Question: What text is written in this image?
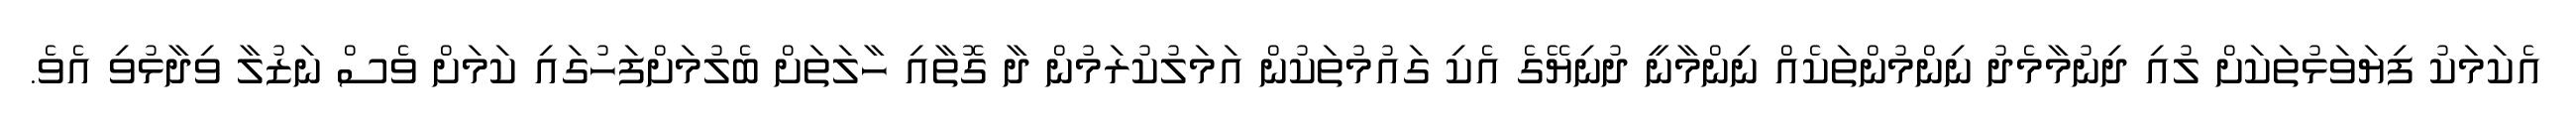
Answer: އެކަމަކު ފިޔަވަޅުތަކަށް ލުއި ދިނުމާމެދު ނިންމުންތަކެއް ނިންމާނީ ދުނިޔޭގެ އެކި ގައުމުތަކުން އަމަލުކުރަމުން ދާ ގޮތާއި ހާލަތަށް ބެލުމަށްފަހުގައި ކަމަށް ވެސް ނަޒުލާ ވިދާޅުވި އެވެ.